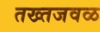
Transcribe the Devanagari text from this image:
तख्तजवळ